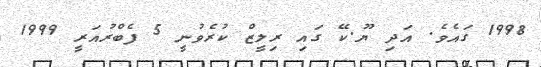
1998 ގައެވެ. އަދި ޔޫ.ކޭ ގައި ރިލީޒް ކުރެވުނީ 5 ފެބްރުއަރީ 1999